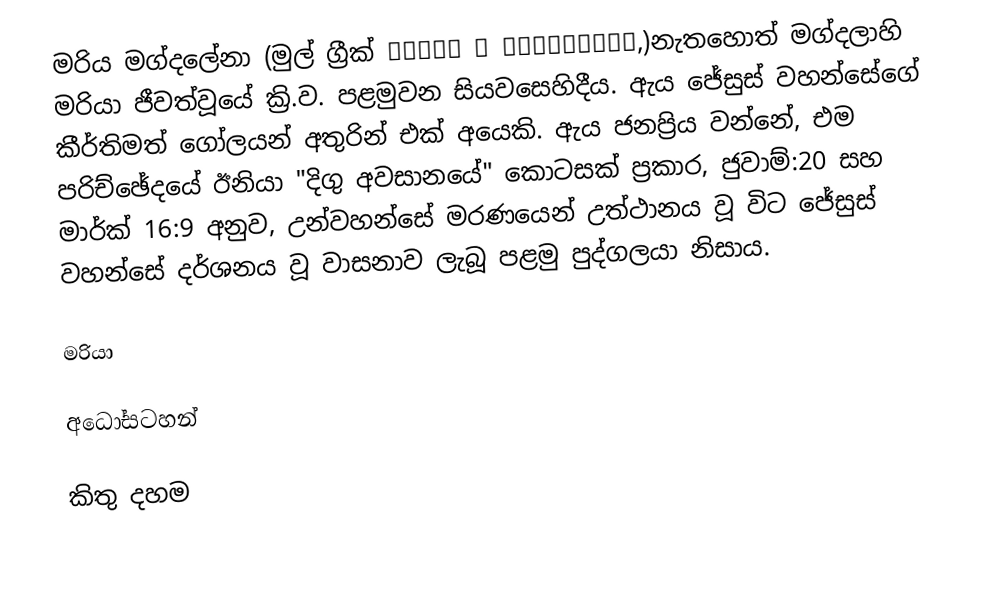
මරිය මග්දලේනා (මුල් ග්‍රීක් Μαρία ἡ Μαγδαληνή,)නැතහොත් මග්දලාහි මරියා ජීවත්වූයේ ක්‍රි.ව. පළමුවන සියවසෙහිදීය. ඇය ජේසුස් වහන්සේගේ කීර්තිමත් ගෝලයන් අතුරින් එක් අයෙකි. ඇය ජනප්‍රිය වන්නේ,  එම පරිච්ඡේදයේ ඊනියා "දිගු අවසානයේ" කොටසක් ප්‍රකාර,  ජුවාම්:20 සහ මාර්ක් 16:9 අනුව, උන්වහන්සේ මරණයෙන් උත්ථානය වූ විට ජේසුස් වහන්සේ දර්ශනය වූ වාසනාව ලැබූ පළමු පුද්ගලයා නිසාය.

මරියා

අධෝසටහන්

කිතු දහම